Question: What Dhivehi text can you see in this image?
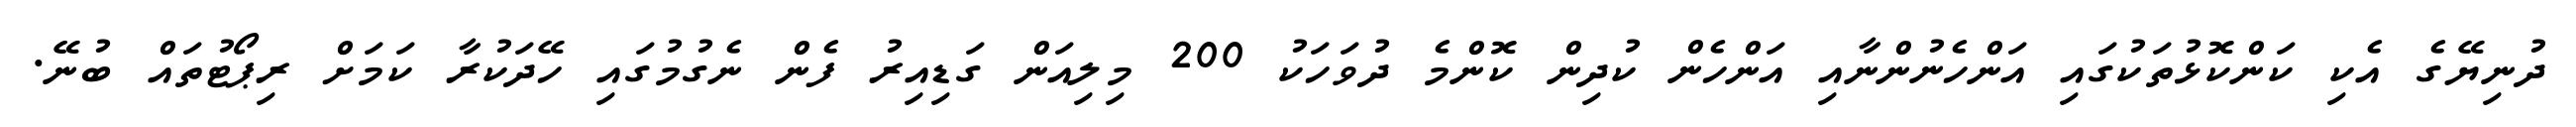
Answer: ދުނިޔޭގެ އެކި ކަންކޮޅުތަކުގައި އަންހެނުންނާއި އަންހެން ކުދިން ކޮންމެ ދުވަހަކު 200 މިލިއަން ގަޑިއިރު ފެން ނެގުމުގައި ހޭދަކުރާ ކަމަށް ރިޕޯޓުތައް ބުނޭ.